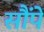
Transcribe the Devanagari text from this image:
सौंपें